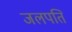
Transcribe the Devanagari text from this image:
जलपति